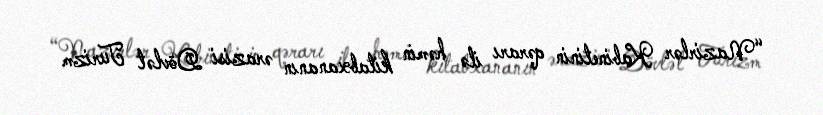
“Nazirlər Kabinetinin qərarı ilə həmin kitabxananın ərazisi Dövlət Turizm